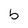
Character: b